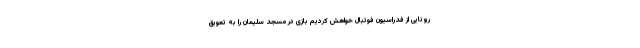
رونایی از فدراسیون فوتبال خواهش کردیم بازی در مسجد سلیمان را به تعویق